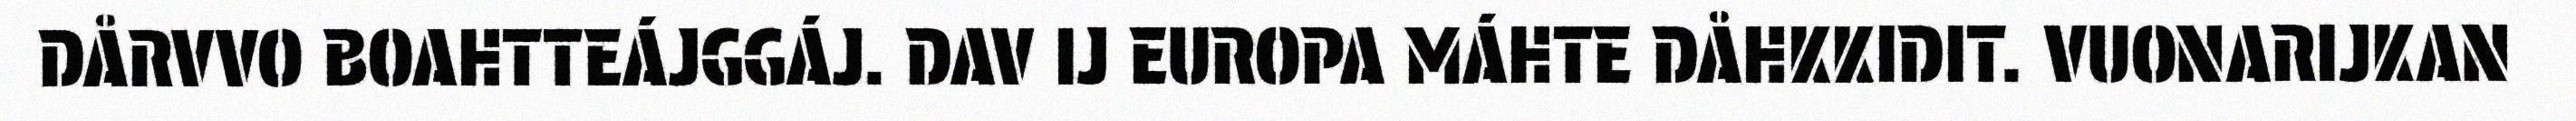
DÅRVVO BOAHTTEÁJGGÁJ. DAV IJ EUROPA MÁHTE DÅHKKIDIT. VUONARIJKAN